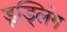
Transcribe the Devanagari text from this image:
डूड्लिंग